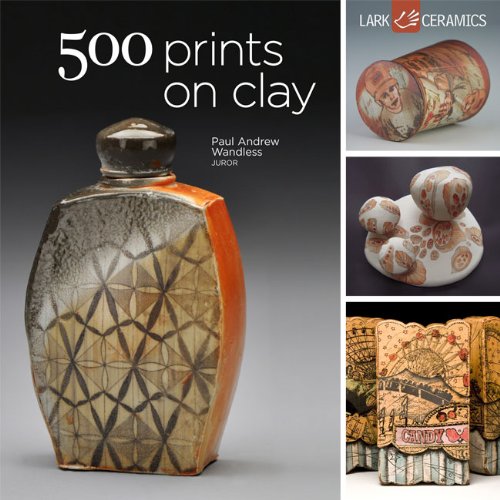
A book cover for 500 Prints on Clay: An Inspiring Collection of Image Transfer Work (500 Series); Lark Crafts; Crafts, Hobbies & Home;